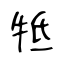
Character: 牴